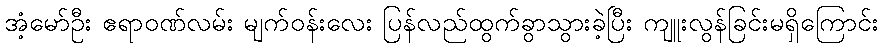
အံ့မော်ဦး ဧရာဝဏ်လမ်း မျက်ဝန်းလေး ပြန်လည်ထွက်ခွာသွားခဲ့ပြီး ကျူးလွန်ခြင်းမရှိကြောင်း